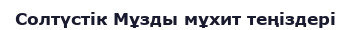
Солтүстік Мұзды мұхит теңіздері